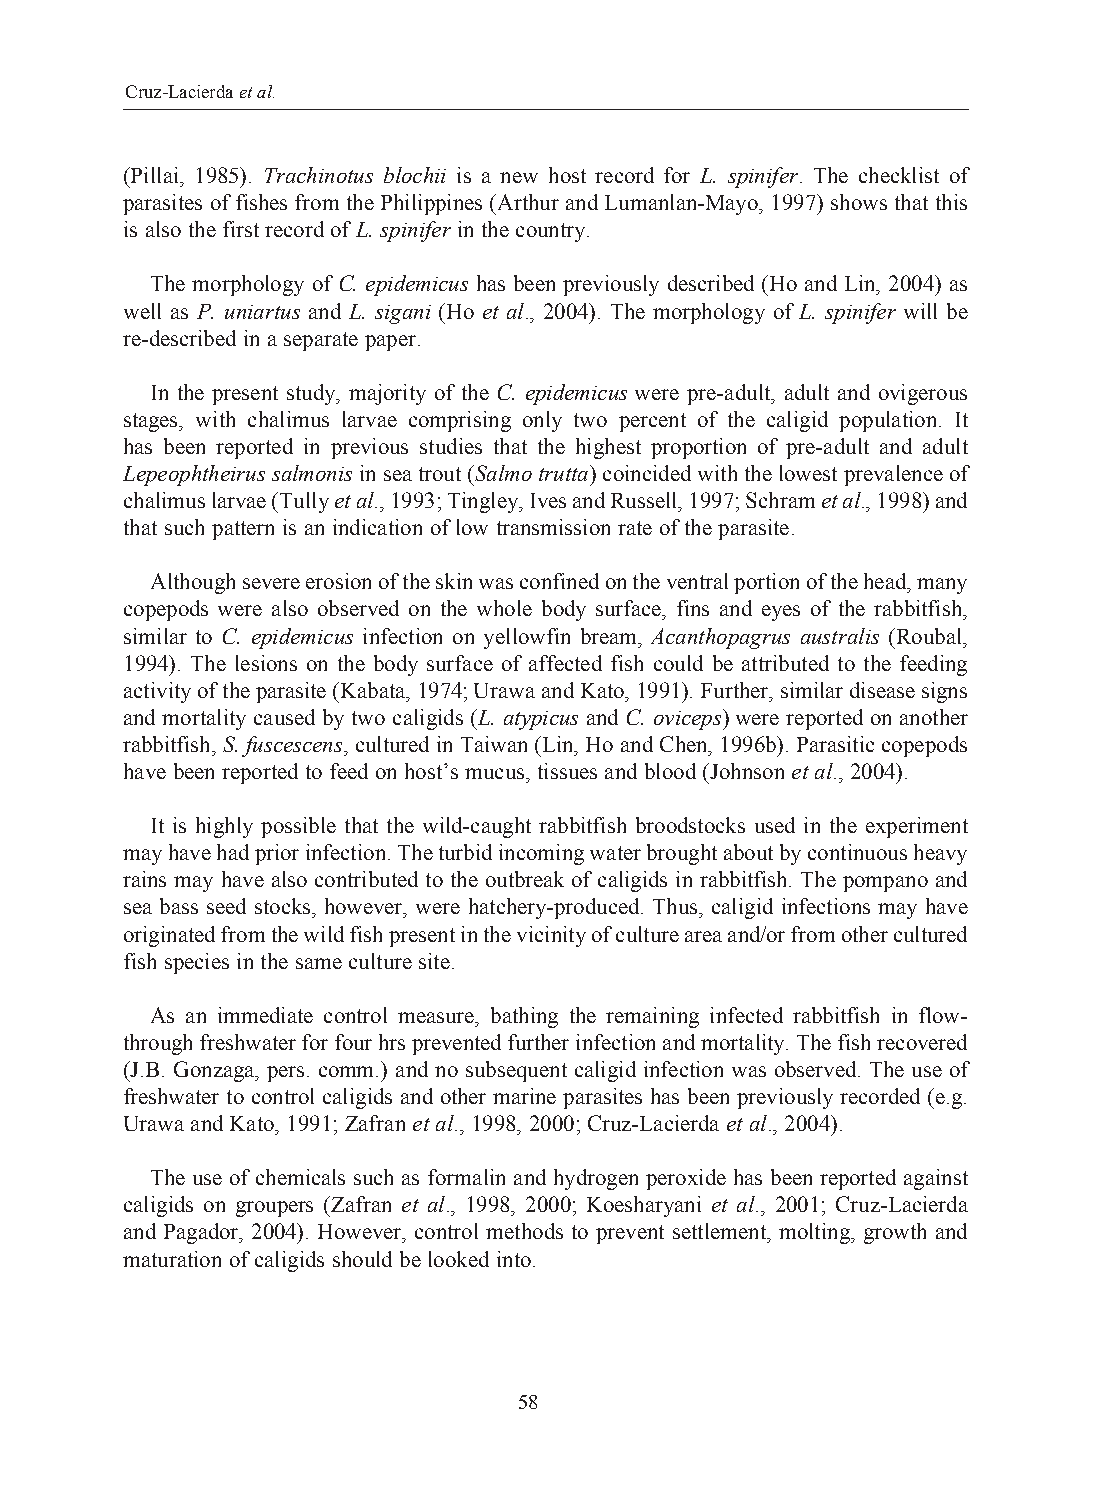
Cruz-Lacierda et al.
 (Pillai, 1985). Trachinotus blochii is a new host record for L. spinifer. The checklist of
 parasites of fishes from the Philippines (Arthur and Lumanlan-Mayo, 1997) shows that this
 is also the first record of L. spinifer in the country.
 The morphology of C. epidemicus has been previously described (Ho and Lin, 2004) as
 well as P. uniartus and L. sigani (Ho et al., 2004). The morphology of L. spinifer will be
 re-described in a separate paper.
 In the present study, majority of the C. epidemicus were pre-adult, adult and ovigerous
 stages, with chalimus larvae comprising only two percent of the caligid population. It
 has been reported in previous studies that the highest proportion of pre-adult and adult
 Lepeophtheirus salmonis in sea trout (Salmo trutta) coincided with the lowest prevalence of
 chalimus larvae (Tully et al., 1993; Tingley, Ives and Russell, 1997; Schram et al., 1998) and
 that such pattern is an indication of low transmission rate of the parasite.
 Although severe erosion of the skin was confined on the ventral portion of the head, many
 copepods were also observed on the whole body surface, fins and eyes of the rabbitfish,
 similar to C. epidemicus infection on yellowfin bream, Acanthopagrus australis (Roubal,
 1994). The lesions on the body surface of affected fish could be attributed to the feeding
 activity of the parasite (Kabata, 1974; Urawa and Kato, 1991). Further, similar disease signs
 and mortality caused by two caligids (L. atypicus and C. oviceps) were reported on another
 rabbitfish, S. fuscescens, cultured in Taiwan (Lin, Ho and Chen, 1996b). Parasitic copepods
 have been reported to feed on host’s mucus, tissues and blood (Johnson et al., 2004).
 It is highly possible that the wild-caught rabbitfish broodstocks used in the experiment
 may have had prior infection. The turbid incoming water brought about by continuous heavy
 rains may have also contributed to the outbreak of caligids in rabbitfish. The pompano and
 sea bass seed stocks, however, were hatchery-produced. Thus, caligid infections may have
 originated from the wild fish present in the vicinity of culture area and/or from other cultured
 fish species in the same culture site.
 As an immediate control measure, bathing the remaining infected rabbitfish in flow-
 through freshwater for four hrs prevented further infection and mortality. The fish recovered
 (J.B. Gonzaga, pers. comm.) and no subsequent caligid infection was observed. The use of
 freshwater to control caligids and other marine parasites has been previously recorded (e.g.
 Urawa and Kato, 1991; Zafran et al., 1998, 2000; Cruz-Lacierda et al., 2004).
 The use of chemicals such as formalin and hydrogen peroxide has been reported against
 caligids on groupers (Zafran et al., 1998, 2000; Koesharyani et al., 2001; Cruz-Lacierda
 and Pagador, 2004). However, control methods to prevent settlement, molting, growth and
 maturation of caligids should be looked into.
 58